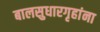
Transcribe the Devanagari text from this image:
बालसुधारगृहांना